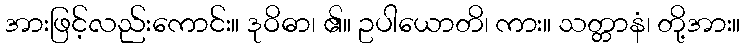
အားဖြင့်လည်းကောင်း။ ဒုဝိဓာ၊ ၏။ ဥပါယောတိ၊ ကား။ သတ္တာနံ၊ တို့အား။